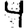
Digit: 4